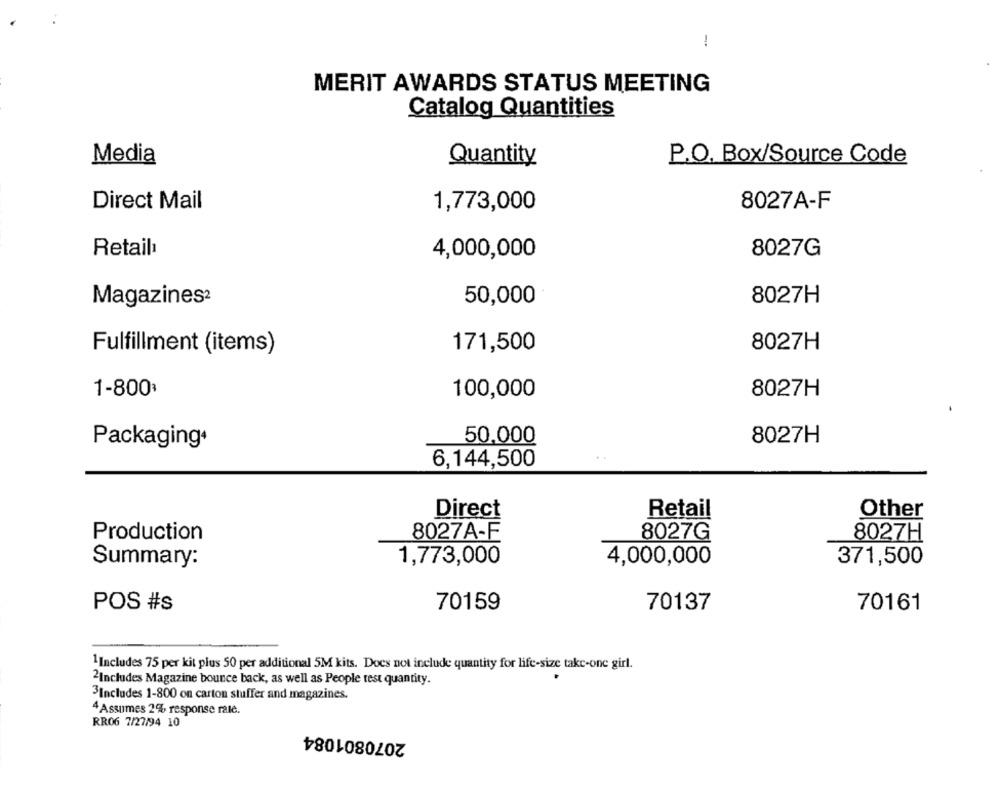
-
MERIT AWARDS STATUS MEETING
Catalog Quantities
Media
Quantity
P.O. Box/Source Code
Direct Mail
1,773,000
8027A-F
Retail
4,000,000
8027G
50,000
8027H
Magazines2
171,500
8027H
Fulfillment (items)
1-800·
100,000
8027H
50,000
8027H
Packaging+
6,144,500
Direct
Retail
Other
Production
8027A-F
8027G
8027H
1,773,000
4,000,000
371,500
Summary:
POS #s
70159
70137
70161
1 Includes 75 per kit plus 50 per additional 5M kits. Does not include quantity for life-size take-one girl.
2Includes Magazine bounce back, as well as People test quantity.
3Includes 1-800 on carton stuffer and magazines.
4 Assumes 2% response rate.
RR06 7/27/94 10
2070801084